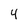
Character: 4